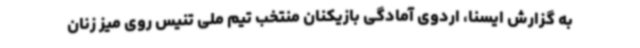
به گزارش ایسنا، اردوی آمادگی بازیکنان منتخب تیم ملی تنیس روی میز زنان